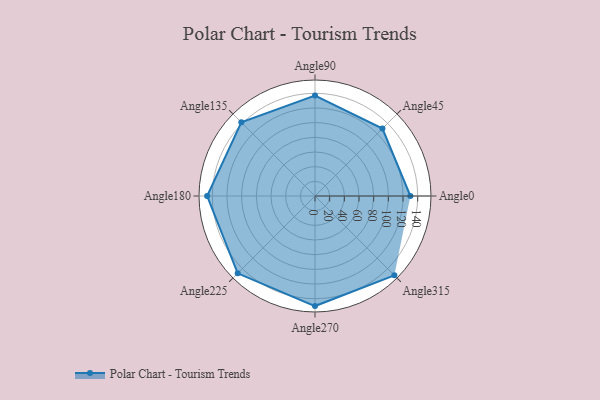
{"axis": {"x": "Angle", "y": "Radius"}, "legend": [""], "data": [{"x": "Angle0", "y": 130.0, "type": ""}, {"x": "Angle45", "y": 130.0, "type": ""}, {"x": "Angle90", "y": 137.0, "type": ""}, {"x": "Angle135", "y": 142.0, "type": ""}, {"x": "Angle180", "y": 147.0, "type": ""}, {"x": "Angle225", "y": 149.0, "type": ""}, {"x": "Angle270", "y": 150.0, "type": ""}, {"x": "Angle315", "y": 153.0, "type": ""}]}